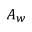
A _ { w }